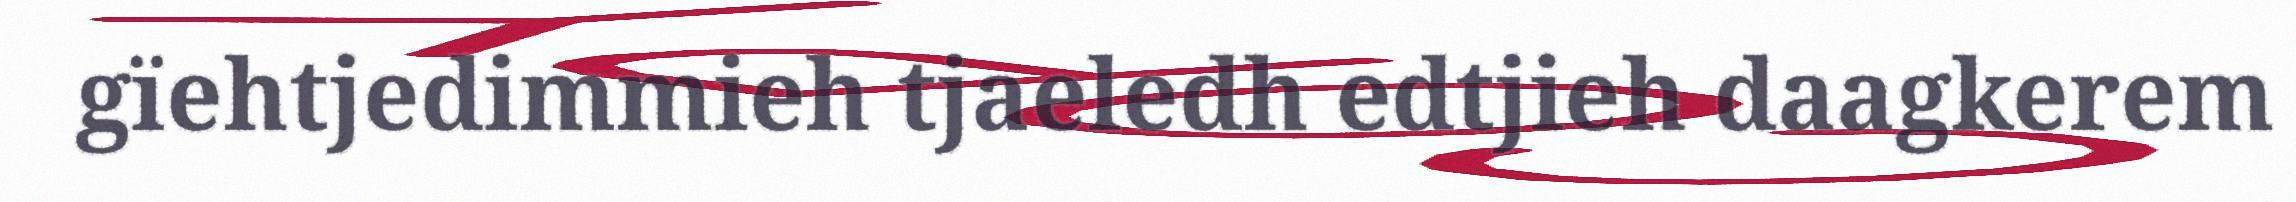
gïehtjedimmieh tjaeledh edtjieh daagkerem